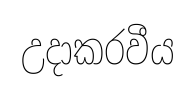
උදාකරවීය